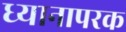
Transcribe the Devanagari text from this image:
ध्यानापरक